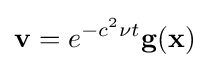
\mathbf {v} =e^{-c^{2}\nu t}\mathbf {g} (\mathbf {x} )